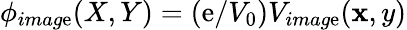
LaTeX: \phi_{imag\mathrm{e}}(X,Y)=(\mathrm{e}/V_{0})V_{imag\mathrm{e}}(\mathbf{x},y)